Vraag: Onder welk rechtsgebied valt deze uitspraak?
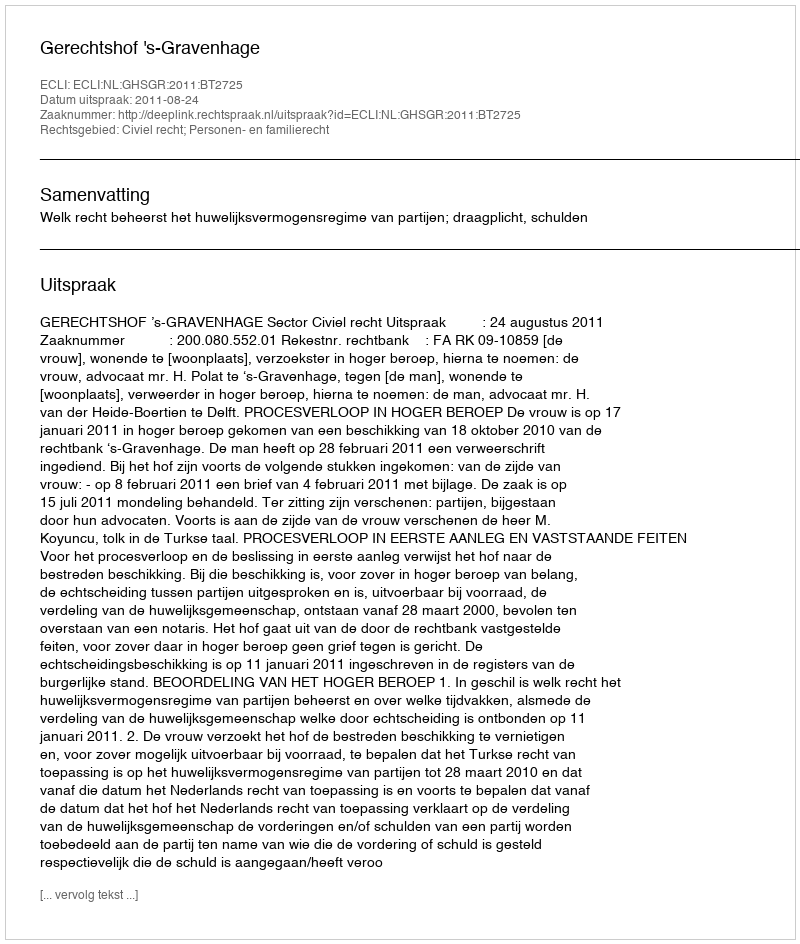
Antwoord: Civiel recht; Personen- en familierecht